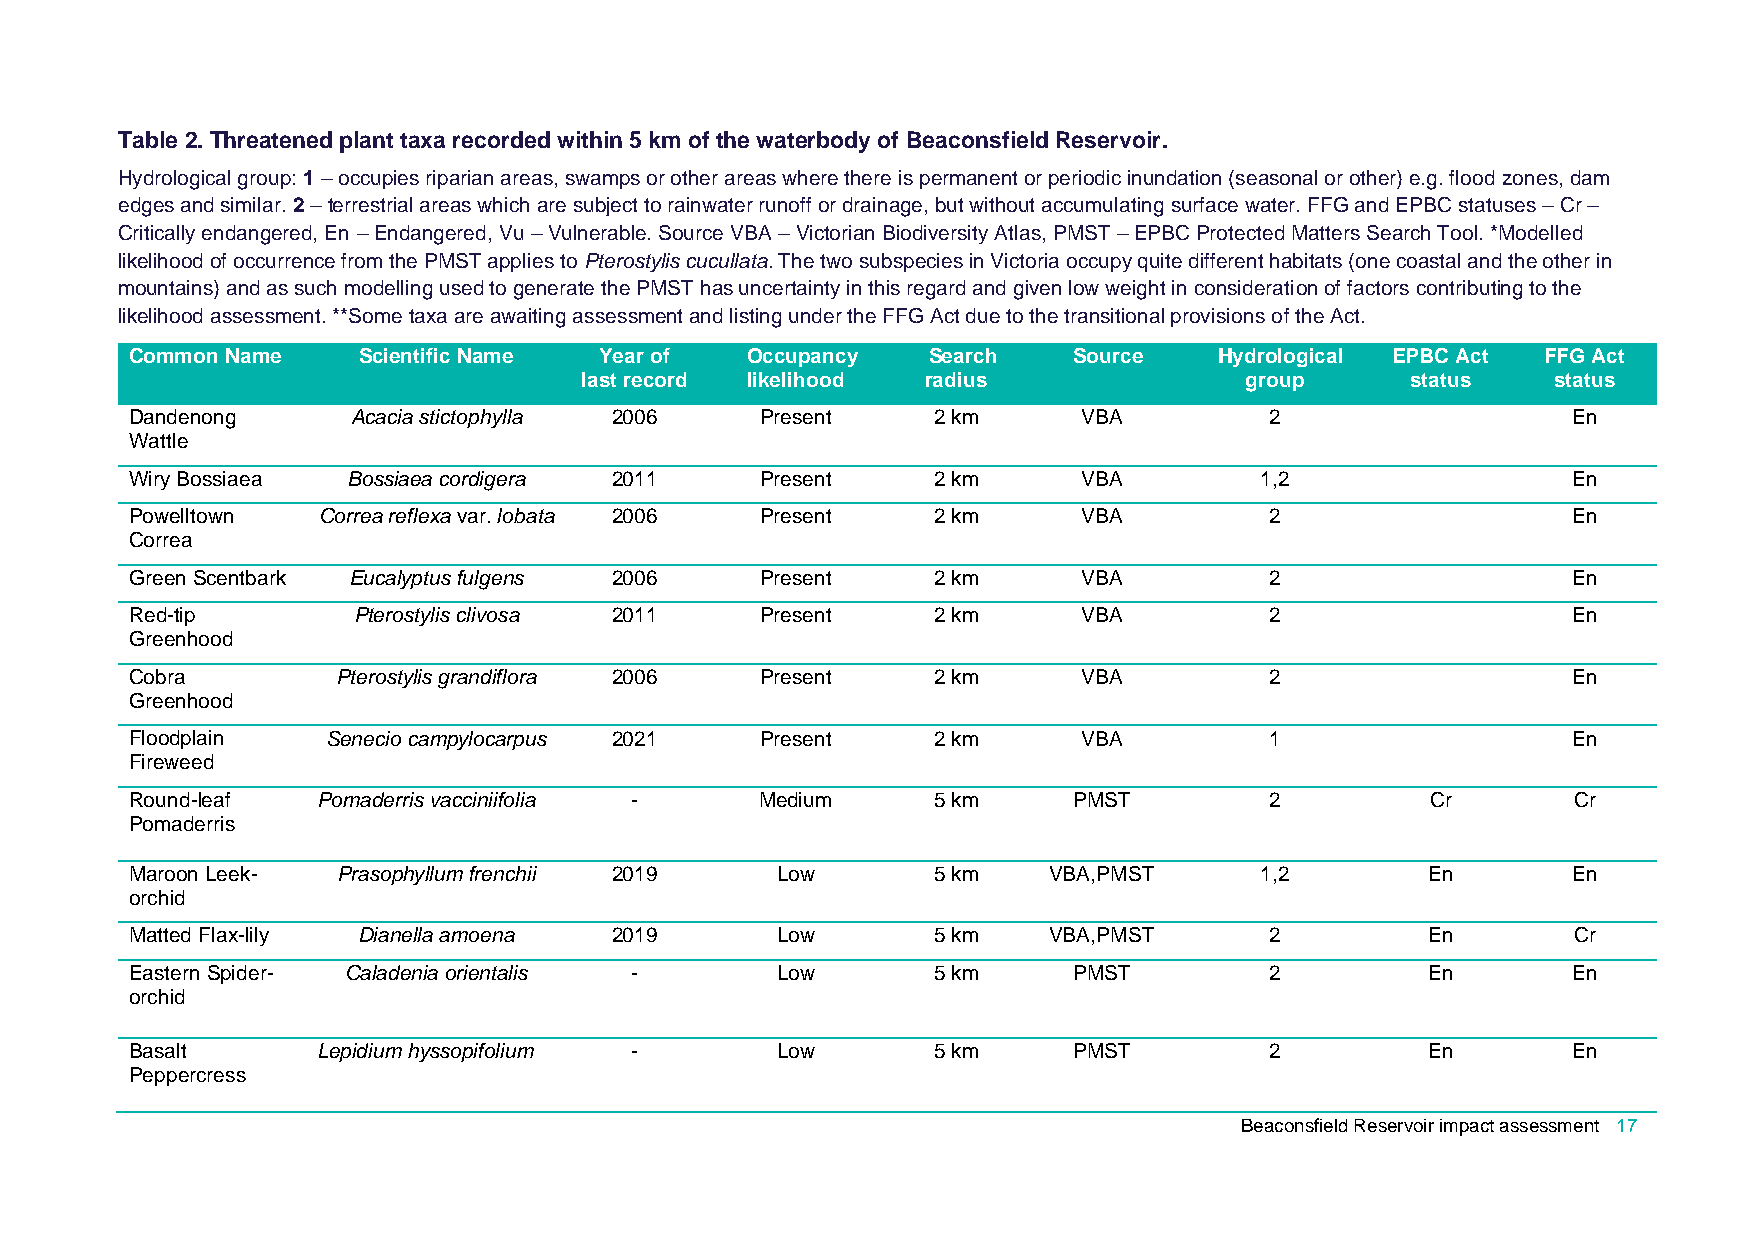
Table 2. Threatened plant taxa recorded within 5 km of the waterbody of Beaconsfield Reservoir.
 Hydrological group: 1 – occupies riparian areas, swamps or other areas where there is permanent or periodic inundation (seasonal or other) e.g. flood zones, dam
 edges and similar. 2 – terrestrial areas which are subject to rainwater runoff or drainage, but without accumulating surface water. FFG and EPBC statuses – Cr –
 Critically endangered, En – Endangered, Vu – Vulnerable. Source VBA – Victorian Biodiversity Atlas, PMST – EPBC Protected Matters Search Tool. *Modelled
 likelihood of occurrence from the PMST applies to Pterostylis cucullata. The two subspecies in Victoria occupy quite different habitats (one coastal and the other in
 mountains) and as such modelling used to generate the PMST has uncertainty in this regard and given low weight in consideration of factors contributing to the
 likelihood assessment. **Some taxa are awaiting assessment and listing under the FFG Act due to the transitional provisions of the Act.
 Common Name    Scientific Name Year of  Occupancy   Search    Source    Hydrological EPBC Act FFG Act
 last record likelihood radius               group      status    status
 Dandenong     Acacia stictophylla 2006   Present     2 km      VBA         2                   En
 Wattle
 Wiry Bossiaea Bossiaea cordigera 2011    Present     2 km      VBA        1,2                  En
 Powelltown  Correa reflexa var. lobata 2006 Present  2 km      VBA         2                   En
 Correa
 Green Scentbark Eucalyptus fulgens 2006  Present     2 km      VBA         2                   En
 Red-tip       Pterostylis clivosa 2011   Present     2 km      VBA         2                   En
 Greenhood
 Cobra        Pterostylis grandiflora 2006 Present    2 km      VBA         2                   En
 Greenhood
 Floodplain   Senecio campylocarpus 2021  Present     2 km      VBA         1                   En
 Fireweed
 Round-leaf  Pomaderris vacciniifolia -   Medium      5 km     PMST         2          Cr       Cr
 Pomaderris
 Maroon Leek- Prasophyllum frenchii 2019   Low        5 km   VBA,PMST      1,2         En       En
 orchid
 Matted Flax-lily Dianella amoena 2019     Low        5 km   VBA,PMST       2          En       Cr
 Eastern Spider- Caladenia orientalis -    Low        5 km     PMST         2          En       En
 orchid
 Basalt      Lepidium hyssopifolium -      Low        5 km     PMST         2          En       En
 Peppercress
 Beaconsfield Reservoir impact assessment 17